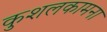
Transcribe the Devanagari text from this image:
कुशलकामना